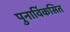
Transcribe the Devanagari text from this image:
पुनार्विकसित